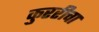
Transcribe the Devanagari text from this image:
कुररीचा